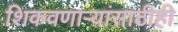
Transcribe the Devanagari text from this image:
शिकवणार्‍यांसाठीही